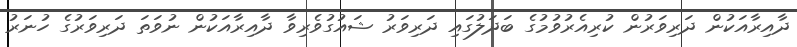
ދާއިރާއަކުން ދަރިވަރުން ކުރިއެރުވުމުގެ ބަދަލުގައި ދަރިވަރު ޝައުގުވެރިވާ ދާއިރާއަކުން ނުވަތަ ދަރިވަރުގެ ހުނަރު